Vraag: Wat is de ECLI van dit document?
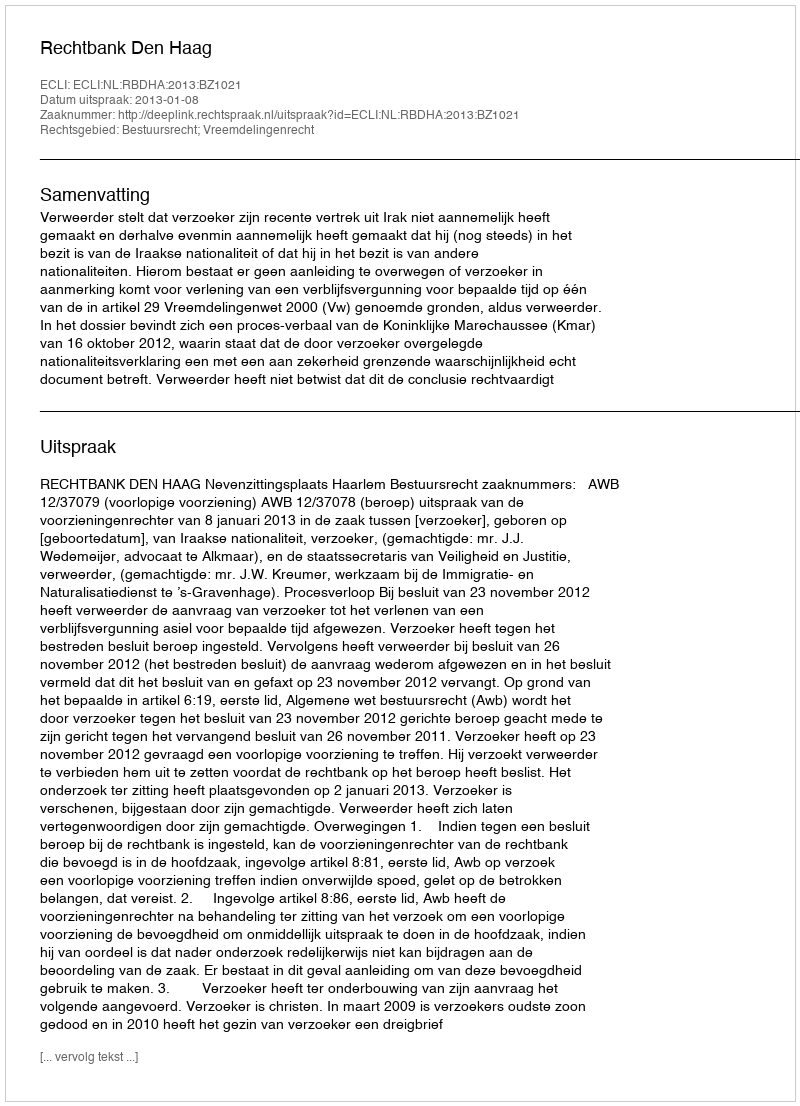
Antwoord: ECLI:NL:RBDHA:2013:BZ1021